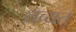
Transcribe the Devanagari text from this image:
तव्यत्